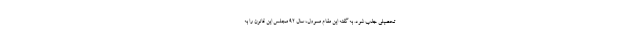
تحصیلی جذب شود. به گفته این مقام مسوول، سال ۹۲ مجلس این قانون را به